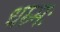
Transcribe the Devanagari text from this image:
धम्र्मः